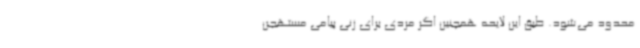
محدود می‌شود. طبق این لایحه همچنین اگر مردی برای زنی پیامی مستهجن